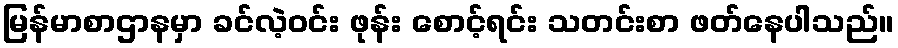
မြန်မာစာဌာနမှာ ခင်လဲ့ဝင်း ဖုန်း စောင့်ရင်း သတင်းစာ ဖတ်နေပါသည်။